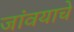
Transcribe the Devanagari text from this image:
जांवयाचे